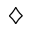
\diamondsuit